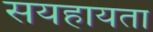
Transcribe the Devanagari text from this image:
सयहायता